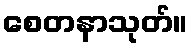
စေတနာသုတ်။